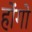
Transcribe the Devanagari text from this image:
होंगो